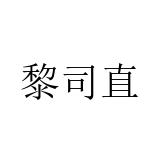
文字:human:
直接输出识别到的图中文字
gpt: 黎司直